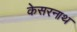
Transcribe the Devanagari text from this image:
केसरनाथ